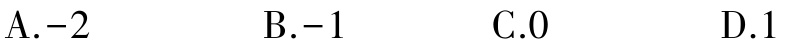
A.$-2$  B.$-1$  C.$0$  D.$1$